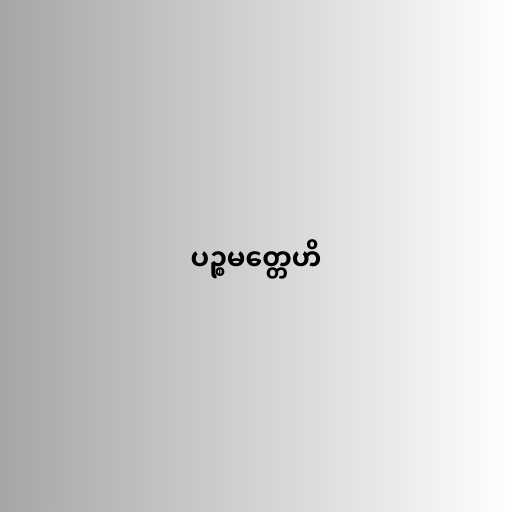
ပဉ္စမတ္တေဟိ